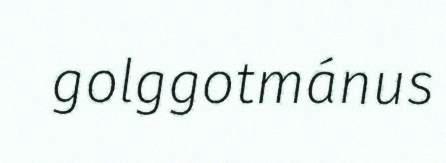
golggotmánus